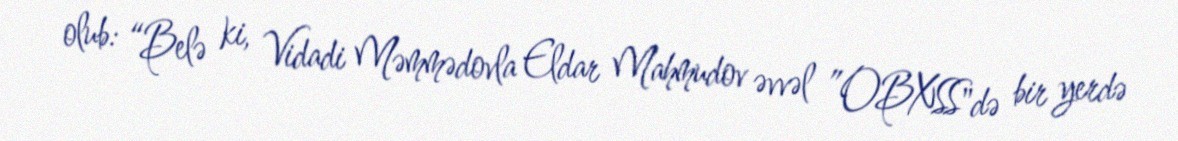
olub: “Belə ki, Vidadi Məmmədovla Eldar Mahmudov əvvəl ”OBXSS"də bir yerdə